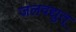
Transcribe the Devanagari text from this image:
जलवद्युत्‌